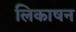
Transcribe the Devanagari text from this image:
लिकाषन